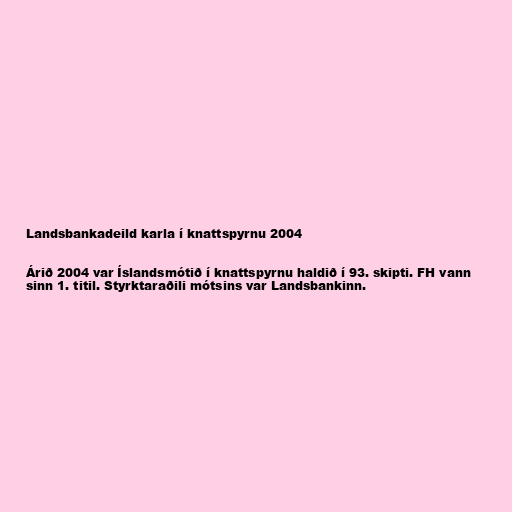
Landsbankadeild karla í knattspyrnu 2004

Árið 2004 var Íslandsmótið í knattspyrnu haldið í 93. skipti. FH vann
sinn 1. titil. Styrktaraðili mótsins var Landsbankinn.